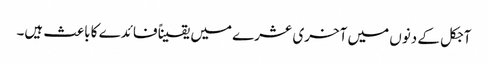
آجکل کے دنوں میں آخری عشرے میں یقیناً فائدے کا باعث ہیں۔